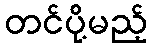
တင်ပို့မည့်